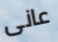
عانى